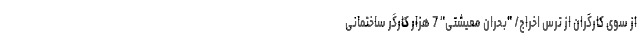
از سوی کارگران از ترس اخراج/ "بحران معیشتی" 7 هزار کارگر ساختمانی